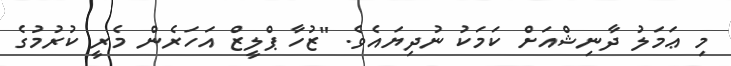
މި ޢަމަލު ދާނިޝްއަށް ކަމަކު ނުދިޔައެވެ. "ޒުހާ ޕްލީޒް އަހަރެން މެރީ ކުރުމުގެ